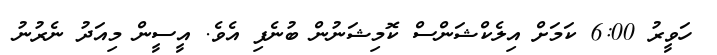
ހަވީރު 6:00 ކަމަށް އިލެކްޝަންސް ކޮމިޝަނުން ބުނެފި އެވެ. އީސީން މިއަދު ނެރުނު